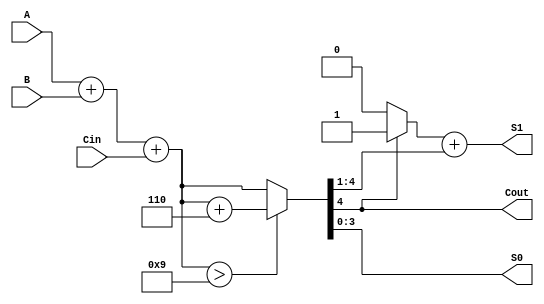
module BCD_Redundant_Binary_Adder (
    input  wire [3:0] A,      // BCD input A
    input  wire [3:0] B,      // BCD input B
    input  wire Cin,          // Carry-in
    output reg [3:0] S0,      // Lower BCD digit of the result
    output reg [3:0] S1,      // Higher BCD digit of the result
    output reg Cout           // Carry-out
);

    wire [4:0] sum;           // 5-bit sum to accommodate carry
    wire [4:0] corrected_sum; // Corrected sum after BCD adjustment

    // Stage 1: Binary Addition
    assign sum = A + B + Cin;

    // Stage 2: BCD Correction
    always @(*) begin
        if (sum > 9) begin
            corrected_sum = sum + 5'b00110; // Add 6 for BCD correction
        end else begin
            corrected_sum = sum;
        end
    end

    // Output assignment
    always @(*) begin
        // Outputs are taken from the corrected sum
        S0 = corrected_sum[3:0]; // Lower BCD digit
        S1 = (corrected_sum[4] ? 1'b1 : 1'b0) + corrected_sum[4:1]; // Higher BCD digit with carry
        Cout = corrected_sum[4]; // Carry-out if the 5th bit is set
    end

endmodule